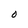
Character: O